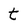
Character: t